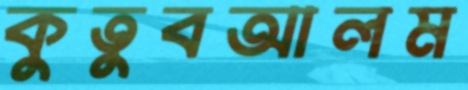
কুতুবআলম